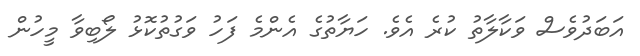
އަބަދުވެސް ވަކާލާތު ކުރެ އެވެ. ހަޔާތުގެ އެންމެ ފަހު ވަގުތުކޮޅު ލޯބިވާ މީހުން